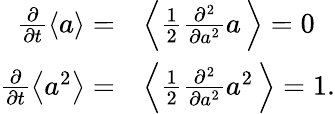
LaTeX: \begin{array}{rl}{\frac{\partial}{\partial t}\left\langle a\right\rangle=}&{\left\langle\frac{1}{2}\frac{\partial^{2}}{\partial a^{2}}a\, \right\rangle=0}\\ {\frac{\partial}{\partial t}\left\langle a^{2}\right\rangle=}&{\left\langle\frac{1}{2}\frac{\partial^{2}}{\partial a^{2}}a^{2}\, \right\rangle=1.}\end{array}